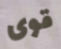
قوى